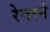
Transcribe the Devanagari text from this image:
रेनरने